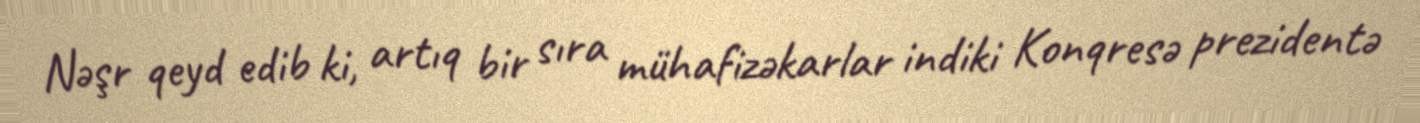
Nəşr qeyd edib ki, artıq bir sıra mühafizəkarlar indiki Konqresə prezidentə